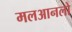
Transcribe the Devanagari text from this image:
मलआनलो